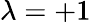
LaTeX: \lambda=+1